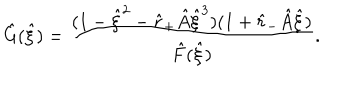
LaTeX: \hat { G } ( \hat { \xi } ) = \frac { ( 1 - \hat { \xi } ^ { 2 } - \hat { r } _ { + } \hat { A } \hat { \xi } ^ { 3 } ) ( 1 + \hat { r } _ { - } \hat { A } \hat { \xi } ) } { \hat { F } ( \hat { \xi } ) } .